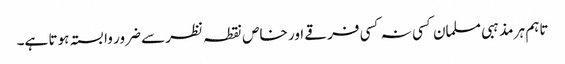
تاہم ہر مذہبی مسلمان کسی نہ کسی فرقے اور خاص نقطہ نظر سے ضرور وابستہ ہوتا ہے۔